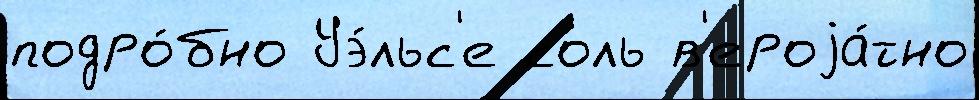
подро́бно Уэ́льс'е соль в'ероjа́тно